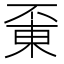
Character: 𠁋